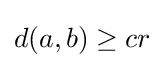
d(a,b)\geq cr